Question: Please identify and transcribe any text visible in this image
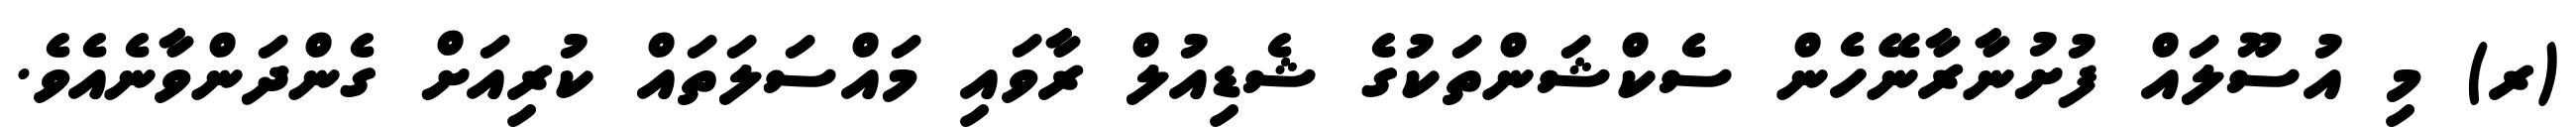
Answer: (ރ) މި އުސޫލައް ފުށުނާރާނޭހެން ސެކްޝަންތަކުގެ ޝެޑިއުލް ރާވައި މައްސަލަތައް ކުރިއަށް ގެންދަންވާނެއެވެ.